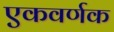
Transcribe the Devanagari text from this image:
एकवर्णक